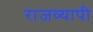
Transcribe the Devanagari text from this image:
राजव्यापी